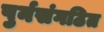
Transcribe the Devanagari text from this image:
पुर्नसंगठित